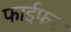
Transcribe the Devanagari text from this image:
फाईफर